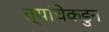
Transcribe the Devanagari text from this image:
त्यांचेकडुन